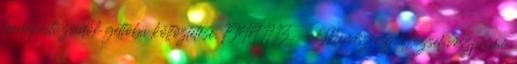
budapesti zsidók gettóba költöztetése. 1944.11.13. - Mindszenty József veszprémi